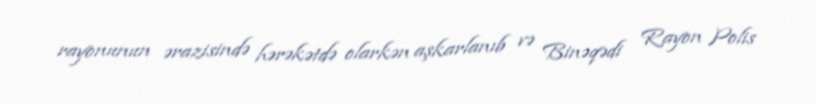
rayonunun ərazisində hərəkətdə olarkən aşkarlanıb və Binəqədi Rayon Polis